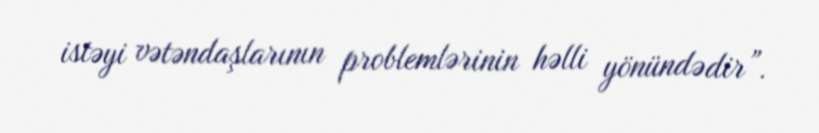
istəyi vətəndaşlarının problemlərinin həlli yönündədir”.